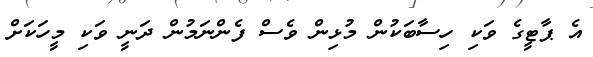
އެ ޕާޓީގެ ވަކި ހިސާބަކުން މުޅިން ވެސް ފެންނަމުން ދަނީ ވަކި މީހަކަށް